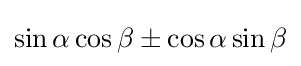
\sin \alpha \cos \beta \pm \cos \alpha \sin \beta